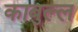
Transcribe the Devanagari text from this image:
काबुल्ल